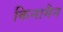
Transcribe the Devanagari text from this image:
किनामैन